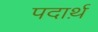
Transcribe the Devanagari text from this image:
पदार्थ़